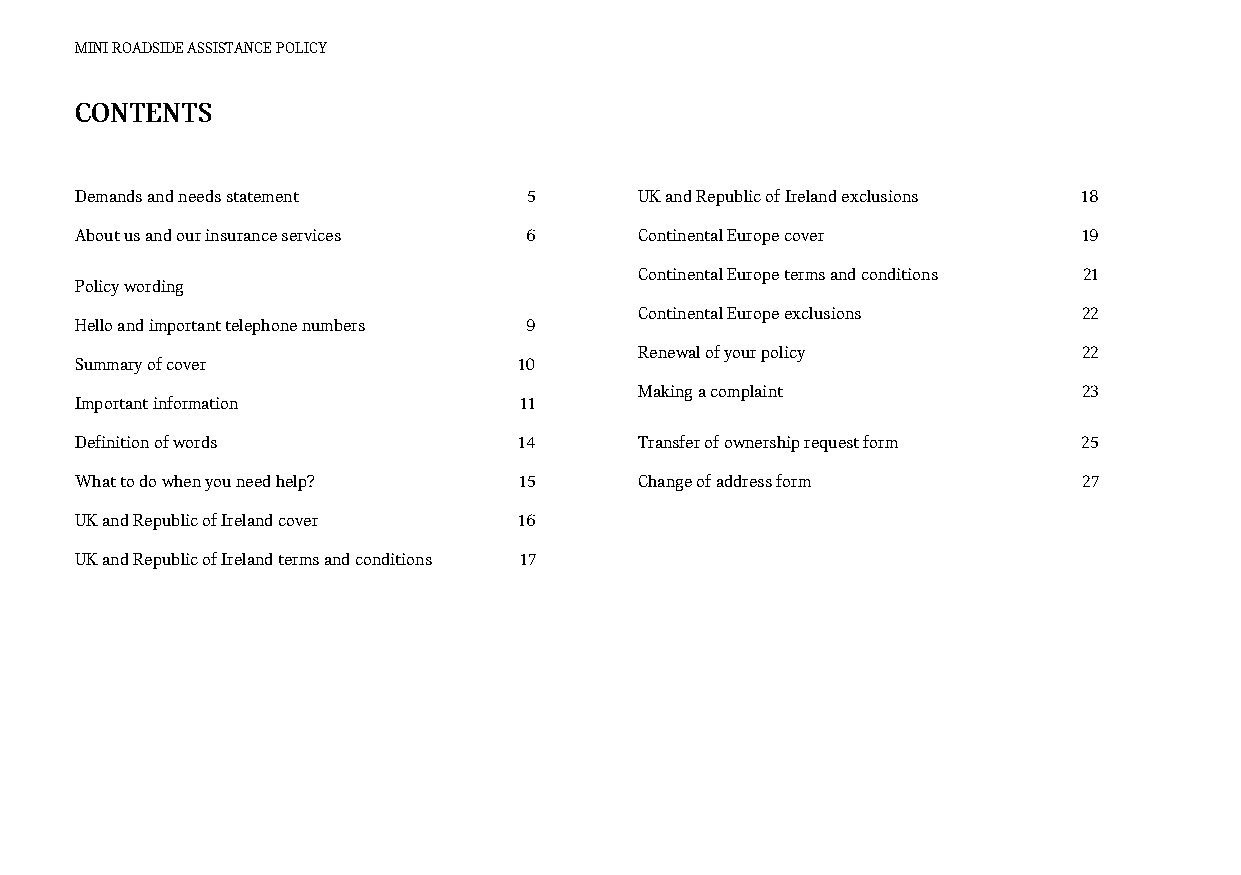
MINI ROADSIDE ASSISTANCE POLICY
 CONTENTS
 Demands and needs statement   5      UK and Republic of Ireland exclusions 18
 About us and our insurance services 6 Continental Europe cover     19
 Continental Europe terms and conditions 21
 Policy wording
 Continental Europe exclusions 22
 Hello and important telephone numbers 9
 Renewal of your policy        22
 Summary of cover             10
 Making a complaint            23
 Important information        11
 Definition of words          14      Transfer of ownership request form 25
 What to do when you need help? 15    Change of address form        27
 UK and Republic of Ireland cover 16
 UK and Republic of Ireland terms and conditions 17